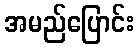
အမည်ပြောင်း